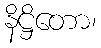
နိဋ္ဌိတော၊